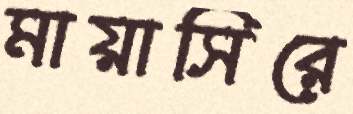
মায়াসিরে